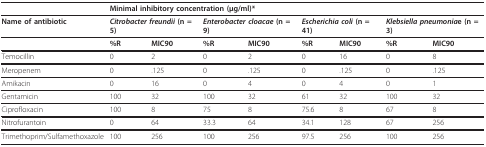
<table><thead><tr><td></td><td colspan="8"><b>Minimal inhibitory concentration (μg/ml)*</b></td></tr></thead><tbody><tr><td><b>Name of antibiotic</b></td><td colspan="2"><b><i>Citrobacter freundii </i>(n = 5)</b></td><td colspan="2"><b><i>Enterobacter cloacae </i>(n = 9)</b></td><td colspan="2"><b><i>Escherichia coli </i>(n = 41)</b></td><td colspan="2"><b><i>Klebsiella pneumonia</i>e (n = 3)</b></td></tr><tr><td></td><td><b>%R</b></td><td><b>MIC90</b></td><td><b>%R</b></td><td><b>MIC90</b></td><td><b>%R</b></td><td><b>MIC90</b></td><td><b>%R</b></td><td><b>MIC90</b></td></tr><tr><td>Temocillin</td><td>0</td><td>2</td><td>0</td><td>2</td><td>0</td><td>16</td><td>0</td><td>8</td></tr><tr><td>Meropenem</td><td>0</td><td>.125</td><td>0</td><td>.125</td><td>0</td><td>.125</td><td>0</td><td>.125</td></tr><tr><td>Amikacin</td><td>0</td><td>16</td><td>0</td><td>4</td><td>0</td><td>4</td><td>0</td><td>1</td></tr><tr><td>Gentamicin</td><td>100</td><td>32</td><td>100</td><td>32</td><td>61</td><td>32</td><td>100</td><td>32</td></tr><tr><td>Ciprofloxacin</td><td>100</td><td>8</td><td>75</td><td>8</td><td>75.6</td><td>8</td><td>67</td><td>8</td></tr><tr><td>Nitrofurantoin</td><td>0</td><td>64</td><td>33.3</td><td>64</td><td>34.1</td><td>128</td><td>67</td><td>256</td></tr><tr><td>Trimethoprim/Sulfamethoxazole</td><td>100</td><td>256</td><td>100</td><td>256</td><td>97.5</td><td>256</td><td>100</td><td>256</td></tr></tbody></table>